Scottish Leaving Certificate Examination, 1958
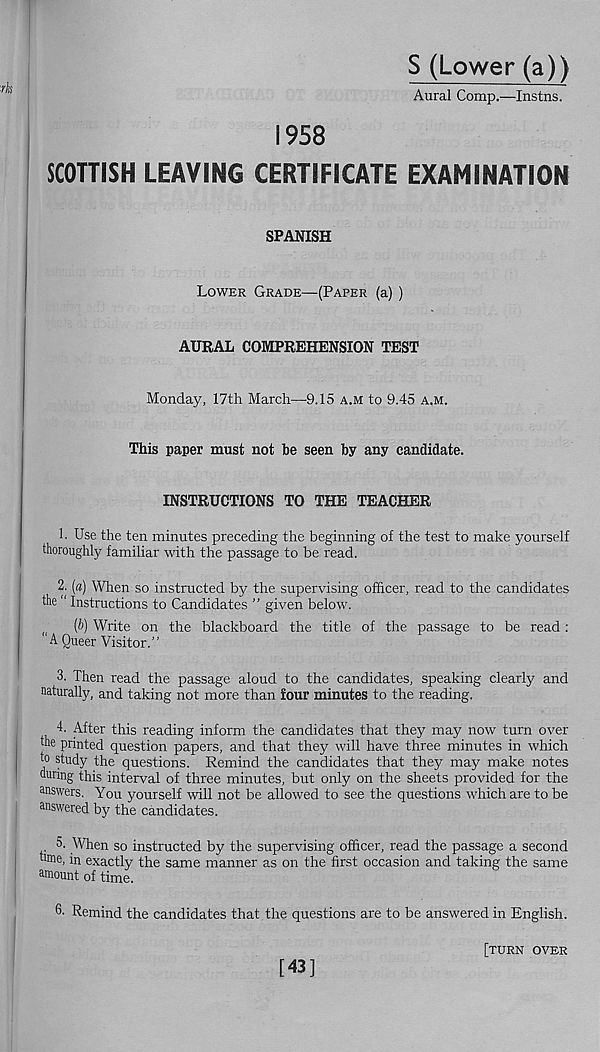
S (Lower (a))
Aural Comp.—Instns.
1958
SCOTTISH LEAVING CERTIFICATE EXAMINATION
SPANISH
Lower Grade—(Paper (a) )
AURAL COMPREHENSION TEST
Monday, 17th March—-9.15 a.m to 9.45 a.m.
This paper must not be seen by any candidate.
INSTRUCTIONS TO THE TEACHER
1. Use the ten minutes preceding the beginning of the test to make yourself
thoroughly familiar with the passage to be read.
2. (a) When so instructed by the supervising officer, read to the candidates
the “ Instructions to Candidates ” given below.
(i
(b) Write on the blackboard the title of the passage to be read :
'A Queer Visitor.”
3. Then read the passage aloud to the candidates, speaking clearly and
naturally, and taking not more than four minutes to the reading.
4. After this reading inform the candidates that they may now turn over
the printed question papers, and that they will have three minutes in which
to study the questions. Remind the candidates that they may make notes
during this interval of three minutes, but only on the sheets provided for the
answers. You yourself will not be allowed to see the questions which are to be
answered by the candidates.
5. When so instructed by the supervising officer, read the passage a second
bme, in exactly the same manner as on the first occasion and taking the same
amount of time.
6- Remind the candidates that the questions are to be answered in English.
[turn over
[43]